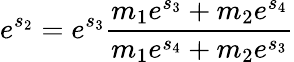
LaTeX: e^{s_{2}}=e^{s_{3}}{\frac{m_{1}e^{s_{3}}+m_{2}e^{s_{4}}}{m_{1}e^{s_{4}}+m_{2}e^{s_{3}}}}